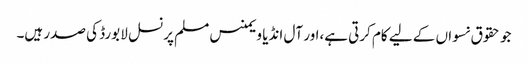
جو حقوق نسواں کے لیے کام کرتی ہے،اور آل انڈیا ویمنس مسلم پرنسل لا بورڈ کی صدر ہیں۔